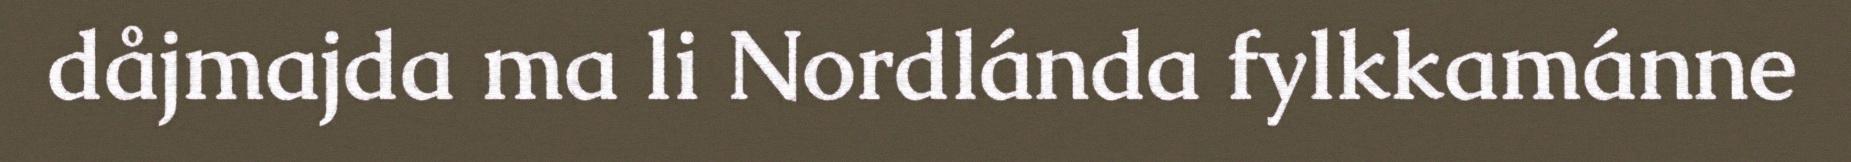
dåjmajda ma li Nordlánda fylkkamánne